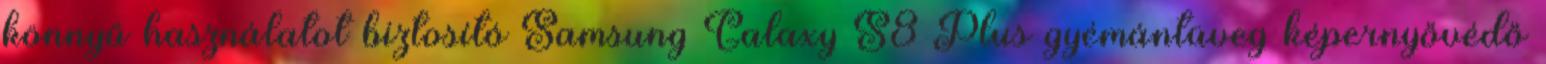
könnyű használatot biztosító Samsung Galaxy S8 Plus gyémántüveg képernyővédő